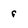
Character: f